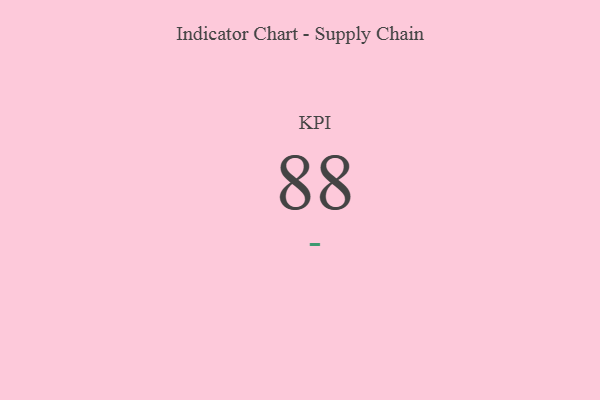
{"axis": {"x": "KPI", "y": "Value"}, "legend": [""], "data": [{"x": "KPI", "y": 88, "type": ""}]}